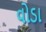
વોડા